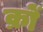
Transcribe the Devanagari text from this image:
क्रों